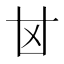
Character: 𠀠